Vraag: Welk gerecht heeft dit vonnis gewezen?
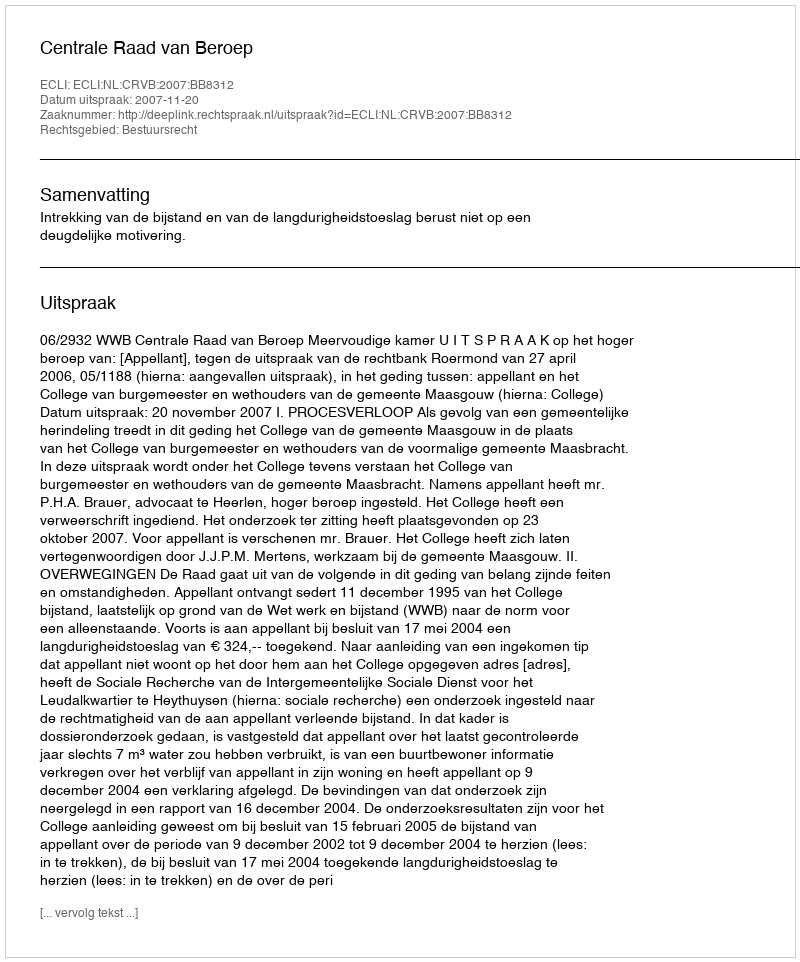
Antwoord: Centrale Raad van Beroep